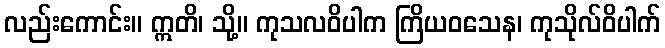
လည်းကောင်း။ ဣတိ၊ သို့။ ကုသလဝိပါက ကြိယဝသေန၊ ကုသိုလ်ဝိပါက်